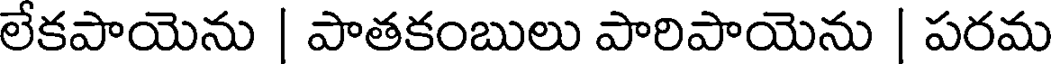
లేకపాయెను | పాతకంబులు పారిపాయెను | పరమ